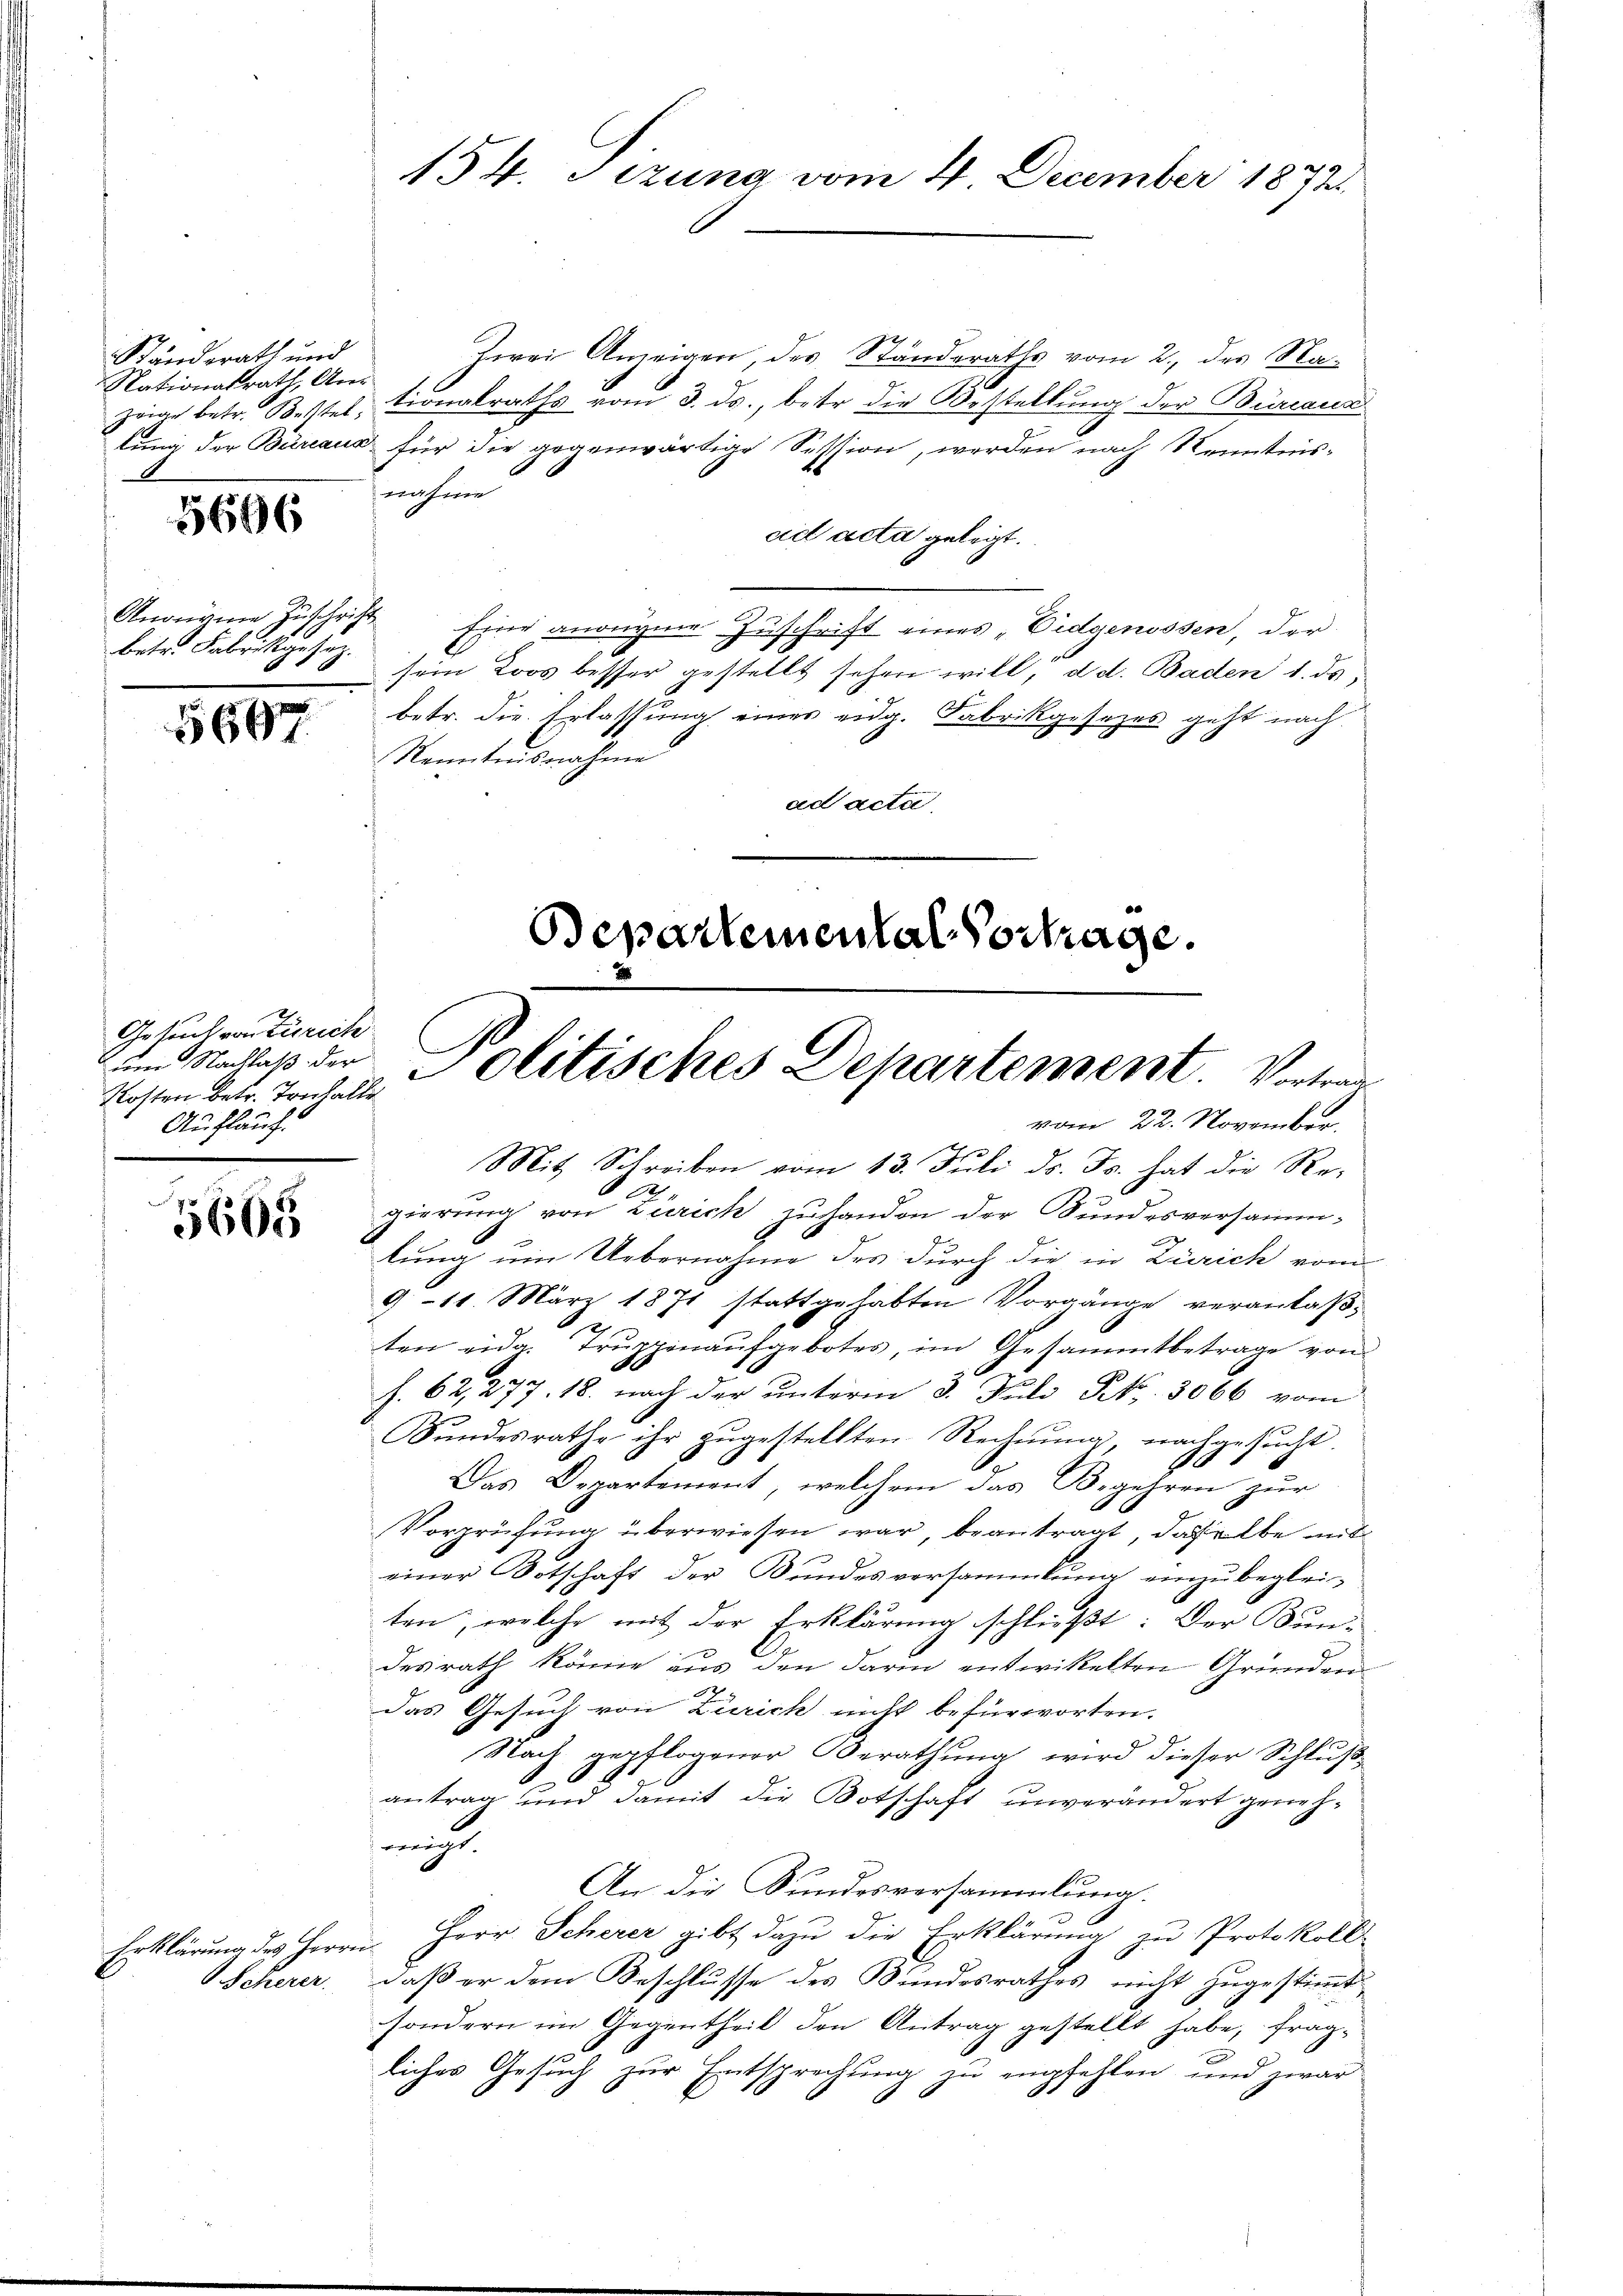
Ständerath und
Nationalrath, Am
zwige betr. Bestel
lung der Bureaus

5696

Anourie Zuschrift
betr. Fabrikgesez.

5697

Gesuch von Zürich
um Nachlaß der
Kosten betr. Tonhalte
Auflauf.

5665

Erklärung des Herrn
Scherer.

154. Tizuna vom 4. December 1872

Zwei Anzeigen, des Standeraths vom 2. des Nationalraths vom 3. ds., betr. die Bestellung der Bureaux
 für die gegenwärtige Session, werden nach Kenntniswähre
ad acta gelegt.
" Eine anonyme Zuschrift eines „Eidgenossen, der
sein Loos besser gestellt sehen will; d. d. Baden 1. ds.
betr. die Erlassung eines eidg. Fabrikgesezes geht nach
Kenntnisnahme
ad acta
Mit Schreiben vom 13. Juli d. Js. hat die Rei
gierung von Zürich zu handen der Sundesversammlung ein Uebernahme des durch die in Zürich vom
9 11. März 1871 stattgehabten Vorgänge veranlaß¬
2
ten eng. Trŭppenaŭfgebotes, im Gesammtbetrage von
f. 62, 277. 18. nach der unterm 3. Juli N. 3066 vom
Sundesrathe ihr zugestellten Rechnung, nachgesucht.
Das Departement, welchem das Begehren zur
Vorprüfung überwiesen war, beantragt, daselbe mit
einer Botschaft der Bundesversammlung einzubeglei-
ten, welche mit der Erklärung schließt: Der Bun-
desrath könne aus den darin entwickelten Gründen
Das Gesuch von Zürich nicht befürworten.
Nach gepflogener Berathung wird dieser Schluß¬
J.
antrag und damit die Botschaft unverändert genehnicht
An die Sundesversammlung.
Herr Scherer gibt dazu die Erklärung zu Protokoll
daß er dem Beschlusse des Bundesrathes nicht zugestimmt.
sondern im Gegentheil den Antrag gestellt habe, fragliches Gesuch zur Entsprechung zu empfehlen, und zwar
6

departemental Vortrage.
Politisches Departement. Vortrag
vom 22. November.